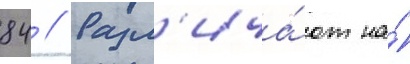
84 // Разл'ича́ют на́